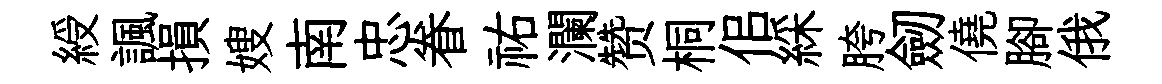
綬諷損嫂南忠眷祐瀾赞桐佀綵胯劒僥腳俄